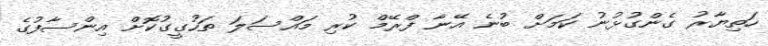
ހަތިޔާރު ގެންގުޅުނު ކަމަށް ބުނެ އޭނާ ފްރޭމް ކުރި މައްސަލަ ތަހުގީގުކޮށް އިންސާފުގެ